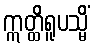
ဣတ္ထိရူပသ္မိံ